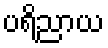
ပရိညာယ